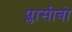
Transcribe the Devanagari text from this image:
प्लासीबो